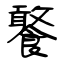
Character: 饏